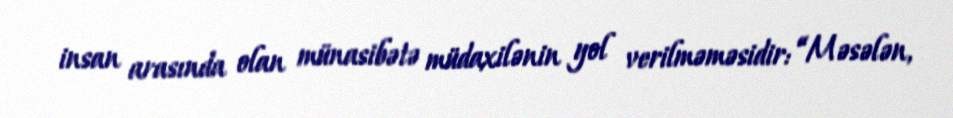
insan arasında olan münasibətə müdaxilənin yol verilməməsidir: “Məsələn,